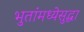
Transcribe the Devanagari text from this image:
भुतांमध्येसुद्धा